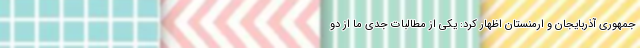
جمهوری آذربایجان و ارمنستان اظهار کرد: یکی از مطالبات جدی ما از دو